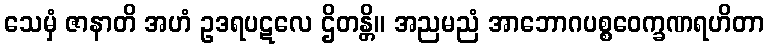
သေမှံ ဇာနာတိ အဟံ ဥဒရပဋလေ ဌိတန္တိ။ အညမညံ အာဘောဂပစ္စဝေက္ခဏရဟိတာ